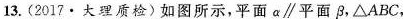
13.(2017·大理质检)如图所示，平面α\parallel平面β，△ABC，